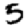
Digit: 5